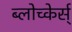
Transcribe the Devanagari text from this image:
ब्लोच्केर्स्